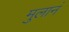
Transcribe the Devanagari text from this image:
मुलानं